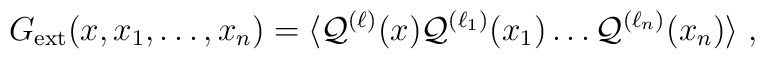
G_{\rm ext}(x,x_{1},\ldots,x_{n}) = \langle     {\cal Q}^{(\ell)}(x) {\cal Q}^{(\ell_{1})}(x_{1}) \ldots     {\cal Q}^{(\ell_{n})}(x_{n}) \rangle \; ,